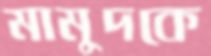
মামুদকে